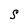
Character: S